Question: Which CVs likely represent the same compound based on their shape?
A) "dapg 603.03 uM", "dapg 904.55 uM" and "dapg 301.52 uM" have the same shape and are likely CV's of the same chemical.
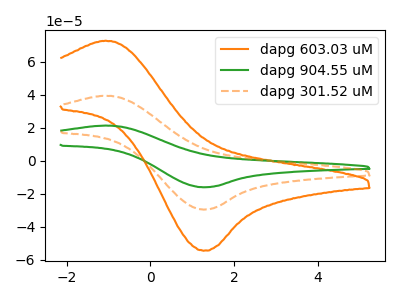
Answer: <think>The orange curve "dapg 603.03 uM" has an anodic peak at (-1.10V, 72.75uA) and a cathodic peak at (1.25V, -54.35uA). The green curve "dapg 904.55 uM" has an anodic peak at (-1.10V, 78.85uA) and a cathodic peak at (1.25V, -58.95uA). The orange dashed curve "dapg 301.52 uM" has an anodic peak at (-1.10V, 39.45uA) and a cathodic peak at (1.25V, -29.50uA).
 All the peaks in "dapg 603.03 uM" have a peak in "dapg 904.55 uM" at the same potential. Every peak in "dapg 603.03 uM" is lower than every peak in "dapg 904.55 uM". All the peaks in "dapg 603.03 uM" have a peak in "dapg 301.52 uM" at the same potential. Every peak in "dapg 603.03 uM" is higher than every peak in "dapg 301.52 uM". All the peaks in "dapg 904.55 uM" have a peak in "dapg 301.52 uM" at the same potential. Every peak in "dapg 904.55 uM" is higher than every peak in "dapg 301.52 uM".</think>
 <answer>A) "dapg 603.03 uM", "dapg 904.55 uM" and "dapg 301.52 uM" have the same shape and are likely CV's of the same chemical.</answer>
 <eval>A</eval>